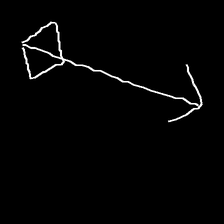
Glyph: focus